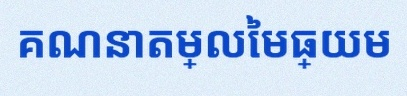
គណនាតម្លៃមធ្យម